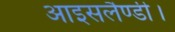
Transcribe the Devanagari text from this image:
आइसलैण्डी।